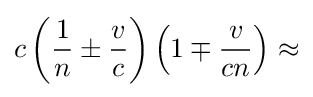
c\left({\frac {1}{n}}\pm {\frac {v}{c}}\right)\left(1\mp {\frac {v}{cn}}\right)\approx